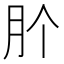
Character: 𭨦